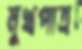
মুখপাত্র